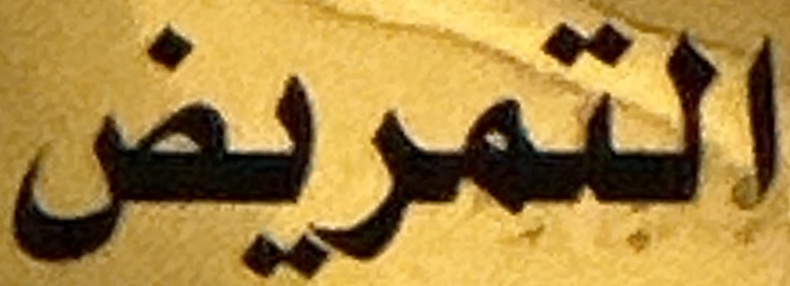
التمريض